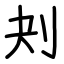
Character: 刔